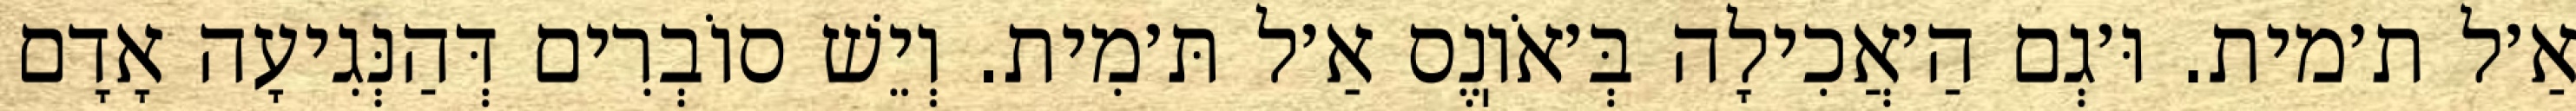
אַ׳ל ת׳מית. וּ׳גְם הַ׳אֲכִילָה בְּ׳אֹוֽנֶס אַ׳ל תּ׳מִית. וְיֵשׁ סוֹבְרִים דְּהַנְּגִיעָה אָדָם